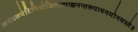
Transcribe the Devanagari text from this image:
अनंतरूपेविनियोजितात्माह्यनन्तरूपायनमोनमस्ते॥